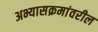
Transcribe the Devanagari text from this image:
अभ्यासक्रमांवरील